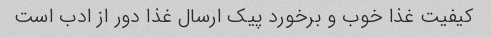
کیفیت غذا خوب و برخورد پیک ارسال غذا دور از ادب است